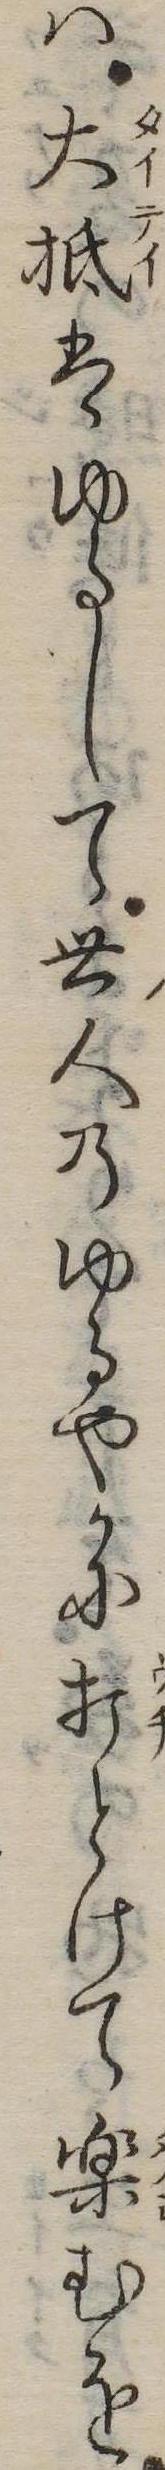
は大抵はゆるして世人のゆるやかに打とけて楽むを